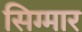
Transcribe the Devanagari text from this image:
सिग्मार